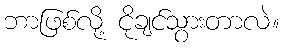
ဘာဖြစ်လို့ ငိုချင်သွားတာလဲ။